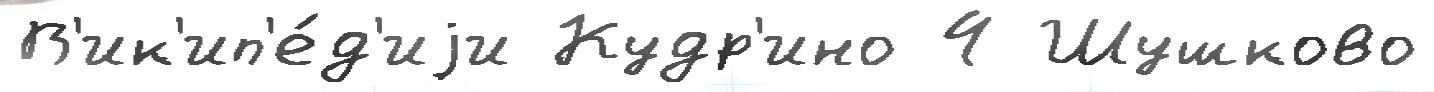
В'ик'ип'е́д'иjи Кудр'ино 4 Шушково